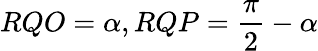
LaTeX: RQO=\alpha,RQP={\frac{\pi}{2}}-\alpha